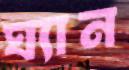
ঘ্যান